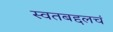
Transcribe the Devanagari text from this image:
स्वतबद्दलचं